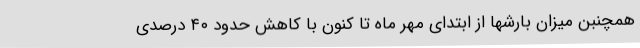
همچنبن میزان بارشها از ابتدای مهر ماه تا کنون با کاهش حدود ۴۰ درصدی